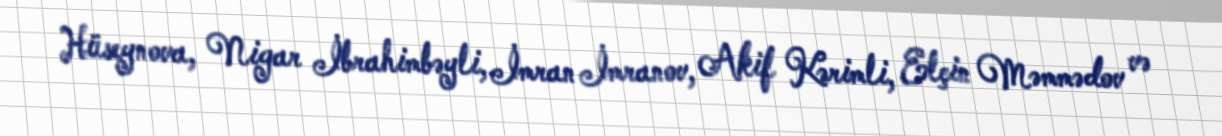
Hüseynova, Nigar İbrahimbəyli, İmran İmranov, Akif Kərimli, Elçin Məmmədov və